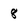
Character: 8